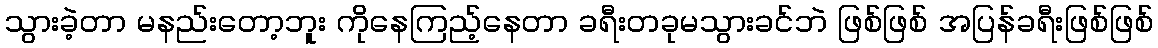
သွားခဲ့တာ မနည်းတော့ဘူး ကိုနေကြည့်နေတာ ခရီးတခုမသွားခင်ဘဲ ဖြစ်ဖြစ် အပြန်ခရီးဖြစ်ဖြစ်